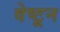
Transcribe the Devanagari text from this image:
वेष्टून